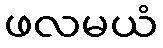
ဖလမယံ